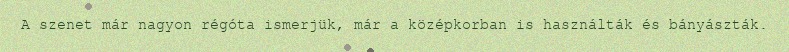
A szenet már nagyon régóta ismerjük, már a középkorban is használták és bányászták.